Report of the Hyderabad Chloroform Commission
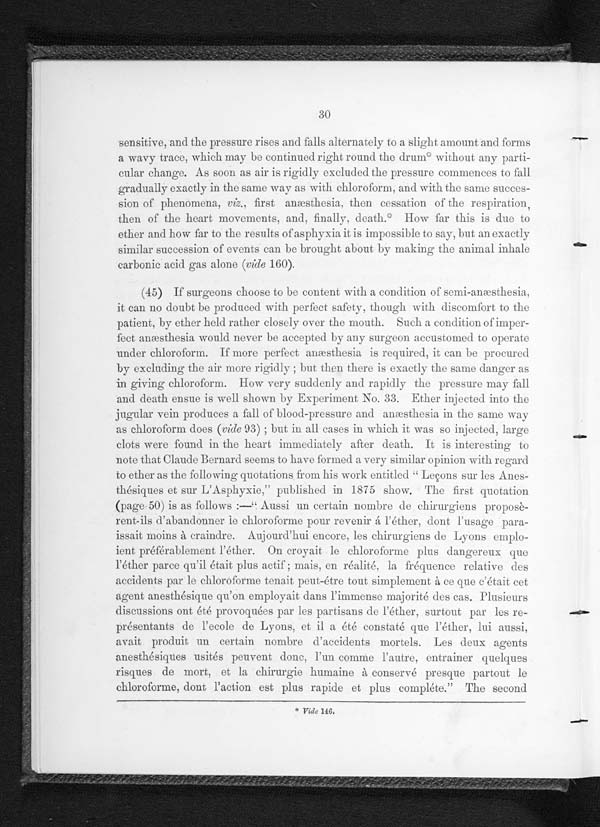
30
sensitive, and the pressure rises and falls alternately to a slight amount and forms
a wavy trace, which may be continued right round the drum* without any parti-
cular change. As soon as air is rigidly excluded the pressure commences to fall
gradually exactly in the same way as with chloroform, and with the same succes-
sion of phenomena, viz., first anæsthesia, then cessation of the respiration,
then of the heart movements, and, finally, death.* How far this is due to
ether and how far to the results of asphyxia it is impossible to say, but an exactly
similar succession of events can. be brought about by making the animal inhale
carbonic acid gas alone (vide 160).
(45) If surgeons choose to content with a condition of semi-anæsthesia.
it can no doubt be produced with perfect safety, though with discomfort to the
patient, by ether held rather closely over the mouth. Such a condition of imper-
feet anæsthesia would never be accepted by any surgeon accustomed to operate
under chloroform. If more perfect anæsthesia is required, it can be procured
by excluding the air more rigidly; but then there is exactly the same danger as
in giving chloroform. How very suddenly and rapidly tile pressure may fall
and death ensue is well shown by Experiment No. 33. Ether injected into the
jugular vein produces a fall of blood-pressure and anæsthesia in the same way
as chloroform does (vide 93);but in all cases in which it was so injected, large
clots were found in the heart immediately after death. It is interesting to
note that Claude Bernard seems to have formed a very similar opinion with regard
to ether as the following quotations from his work entitled " Leçons sur les Anes-
thésiques et sur L'Asphyxie,” published in 1875 show. The first quotation
(page 50) is as follows:—“Aussi un certain nombre de chirurgiens proposè-
rent-ils d’abandonner le chloroforme pour revenir á l'éther, dont l’usage para-
issait moins à craindre.Aujourd’hui encore, les chirurgiens de Lyons emplo-
ient préférablement l’éther. On croyait le chloroforme plus dangereux que
l'éther parce qu’il était plus actif; mais, en réalité, la fréquence relative des
accidents par le chloroforme tenait peut-étre tout simplement à ce que e’était cet
agent anesthésique qu’on employait dans l'immense majorité des cas. Plusieurs
discussions out été provoquécs par les partisans de l'éther, surtout par les re-
présentants de l’ecole de Lyons, et il a été constaté que l'éther, lui aussi,
avait produit un certain nombre d’accidents mortels. Les deux agents
anesthésiques usités peuvent done, l’un comme l’autre, entrainer quelques
risques de mort, et la chirurgie humaine à conservé presque partout
chloroforme, dont I’action est plus rapide et plus compléte." The second
1 4 6 .